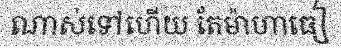
ណាស់ទៅហើយ តែម៉ាហាធៀ